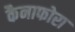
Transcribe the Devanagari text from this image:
कैनाफोरा